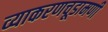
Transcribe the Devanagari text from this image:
व्याकरणचूडामणी